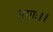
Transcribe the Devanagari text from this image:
मृगाः।।